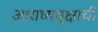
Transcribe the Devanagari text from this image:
आराध्यवृक्षाची